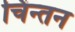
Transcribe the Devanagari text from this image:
चिंन्तन